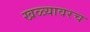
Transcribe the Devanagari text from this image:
खळ्यावरच